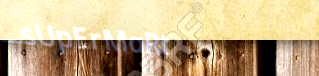
sUpErMaRt